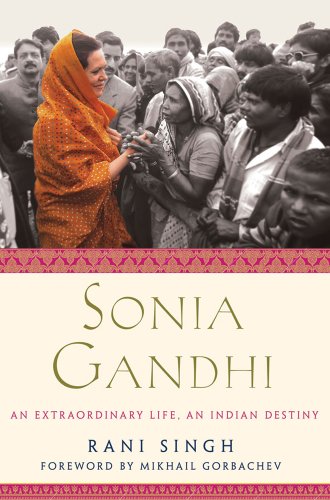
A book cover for Sonia Gandhi: An Extraordinary Life, An Indian Destiny; Rani Singh; Religion & Spirituality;